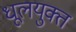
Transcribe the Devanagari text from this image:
धूलयुक्त